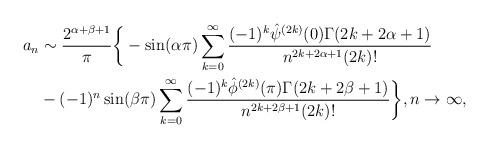
LaTeX: \begin{align*}a_n & \sim \frac{2^{\alpha+\beta+1}}{\pi} \bigg\{- \sin(\alpha\pi)\sum_{k=0}^{\infty} \frac{ (-1)^k \hat{\psi}^{(2k)}(0)\Gamma(2k+2\alpha+1) }{ n^{2k+2\alpha+1} (2k)! } \\& - (-1)^n \sin(\beta\pi) \sum_{k=0}^{\infty} \frac{ (-1)^k\hat{\phi}^{(2k)}(\pi) \Gamma(2k+2\beta+1) }{ n^{2k+2\beta+1} (2k)!} \bigg\}, n \rightarrow \infty,\end{align*}